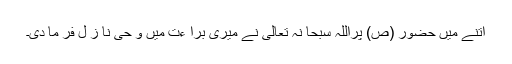
اتنے میں حضور (ص) پراللہ سبحا نہ تعالیٰ نے میری برا ءت میں و حی نا ز ل فر ما دی۔